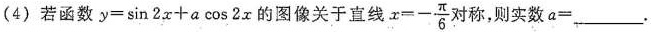
(4)若函数$$y=\sin 2x+a \cos 2x$$的图像关于直线$$x=- \frac{\pi }{6}$$对称，则实数$$a=___$$.